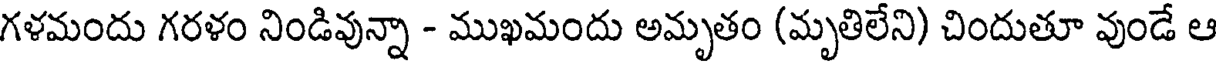
గళమందు గరళం నిండివున్నా - ముఖమందు అమృతం (మృతిలేని) చిందుతూ వుండే ఆ